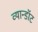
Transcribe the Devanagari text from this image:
व्यान्डॉट